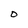
Character: O